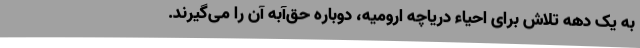
به یک دهه تلاش برای احیاء دریاچه ارومیه، دوباره حق‌آبه آن را می‌گیرند.